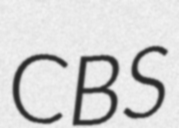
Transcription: CBS